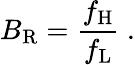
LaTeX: B_{\mathrm{R}}={\frac{f_{\mathrm{H}}}{f_{\mathrm{L}}}}\ .